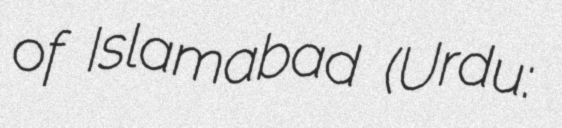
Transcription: of Islamabad (Urdu: ناظم